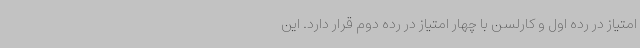
امتیاز در رده اول و کارلسن با چهار امتیاز در رده دوم قرار دارد. این